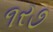
૧ર૭